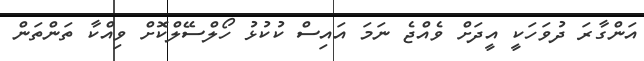
އަންގާރަ ދުވަހަކީ އީދަށް ވެއްޖެ ނަމަ އައިސް ކުކުޅު ހޯލްސޭލްކޮށް ވިއްކާ ތަންތަން